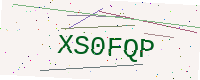
Text: XS0FQP